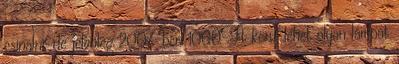
csinálni, de jelenleg 2007-ben 1000Ft körül lehet olyan lámpát